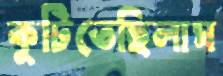
কুটিতেছিলাম